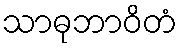
သာဓုဘာဝိတံ